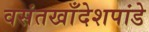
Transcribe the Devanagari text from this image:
वसंतखाँदेशपांडे